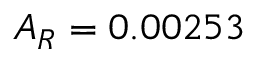
A _ { R } = 0 . 0 0 2 5 3